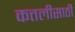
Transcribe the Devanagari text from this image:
कत्तलीसाठी